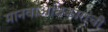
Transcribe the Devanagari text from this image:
मानवाअधिकारांची